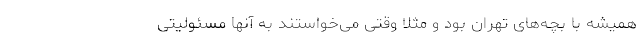
همیشه با بچه‌های تهران بود و مثلا وقتی می‌خواستند به آنها مسئولیتی